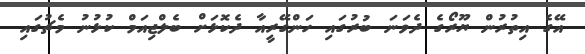
އޭގެ އިތުރުން ޔޫރޯގެ ދެވަނަ ބުރުގައި ހަންގޭރީއާ ދެކޮޅަށް ބެލްޖިއަމް ކުޅުނު މެޗުގައި